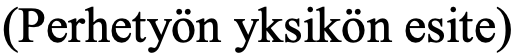
(Perhetyön yksikön esite)